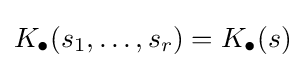
K_{\bullet }(s_{1},\dots ,s_{r})=K_{\bullet }(s)